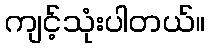
ကျင့်သုံးပါတယ်။